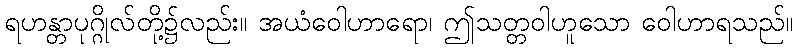
ရဟန္တာပုဂ္ဂိုလ်တို့၌လည်း။ အယံဝေါဟာရော၊ ဤသတ္တဝါဟူသော ဝေါဟာရသည်။